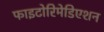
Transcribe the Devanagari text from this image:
फाइटोरिमेडिएशन